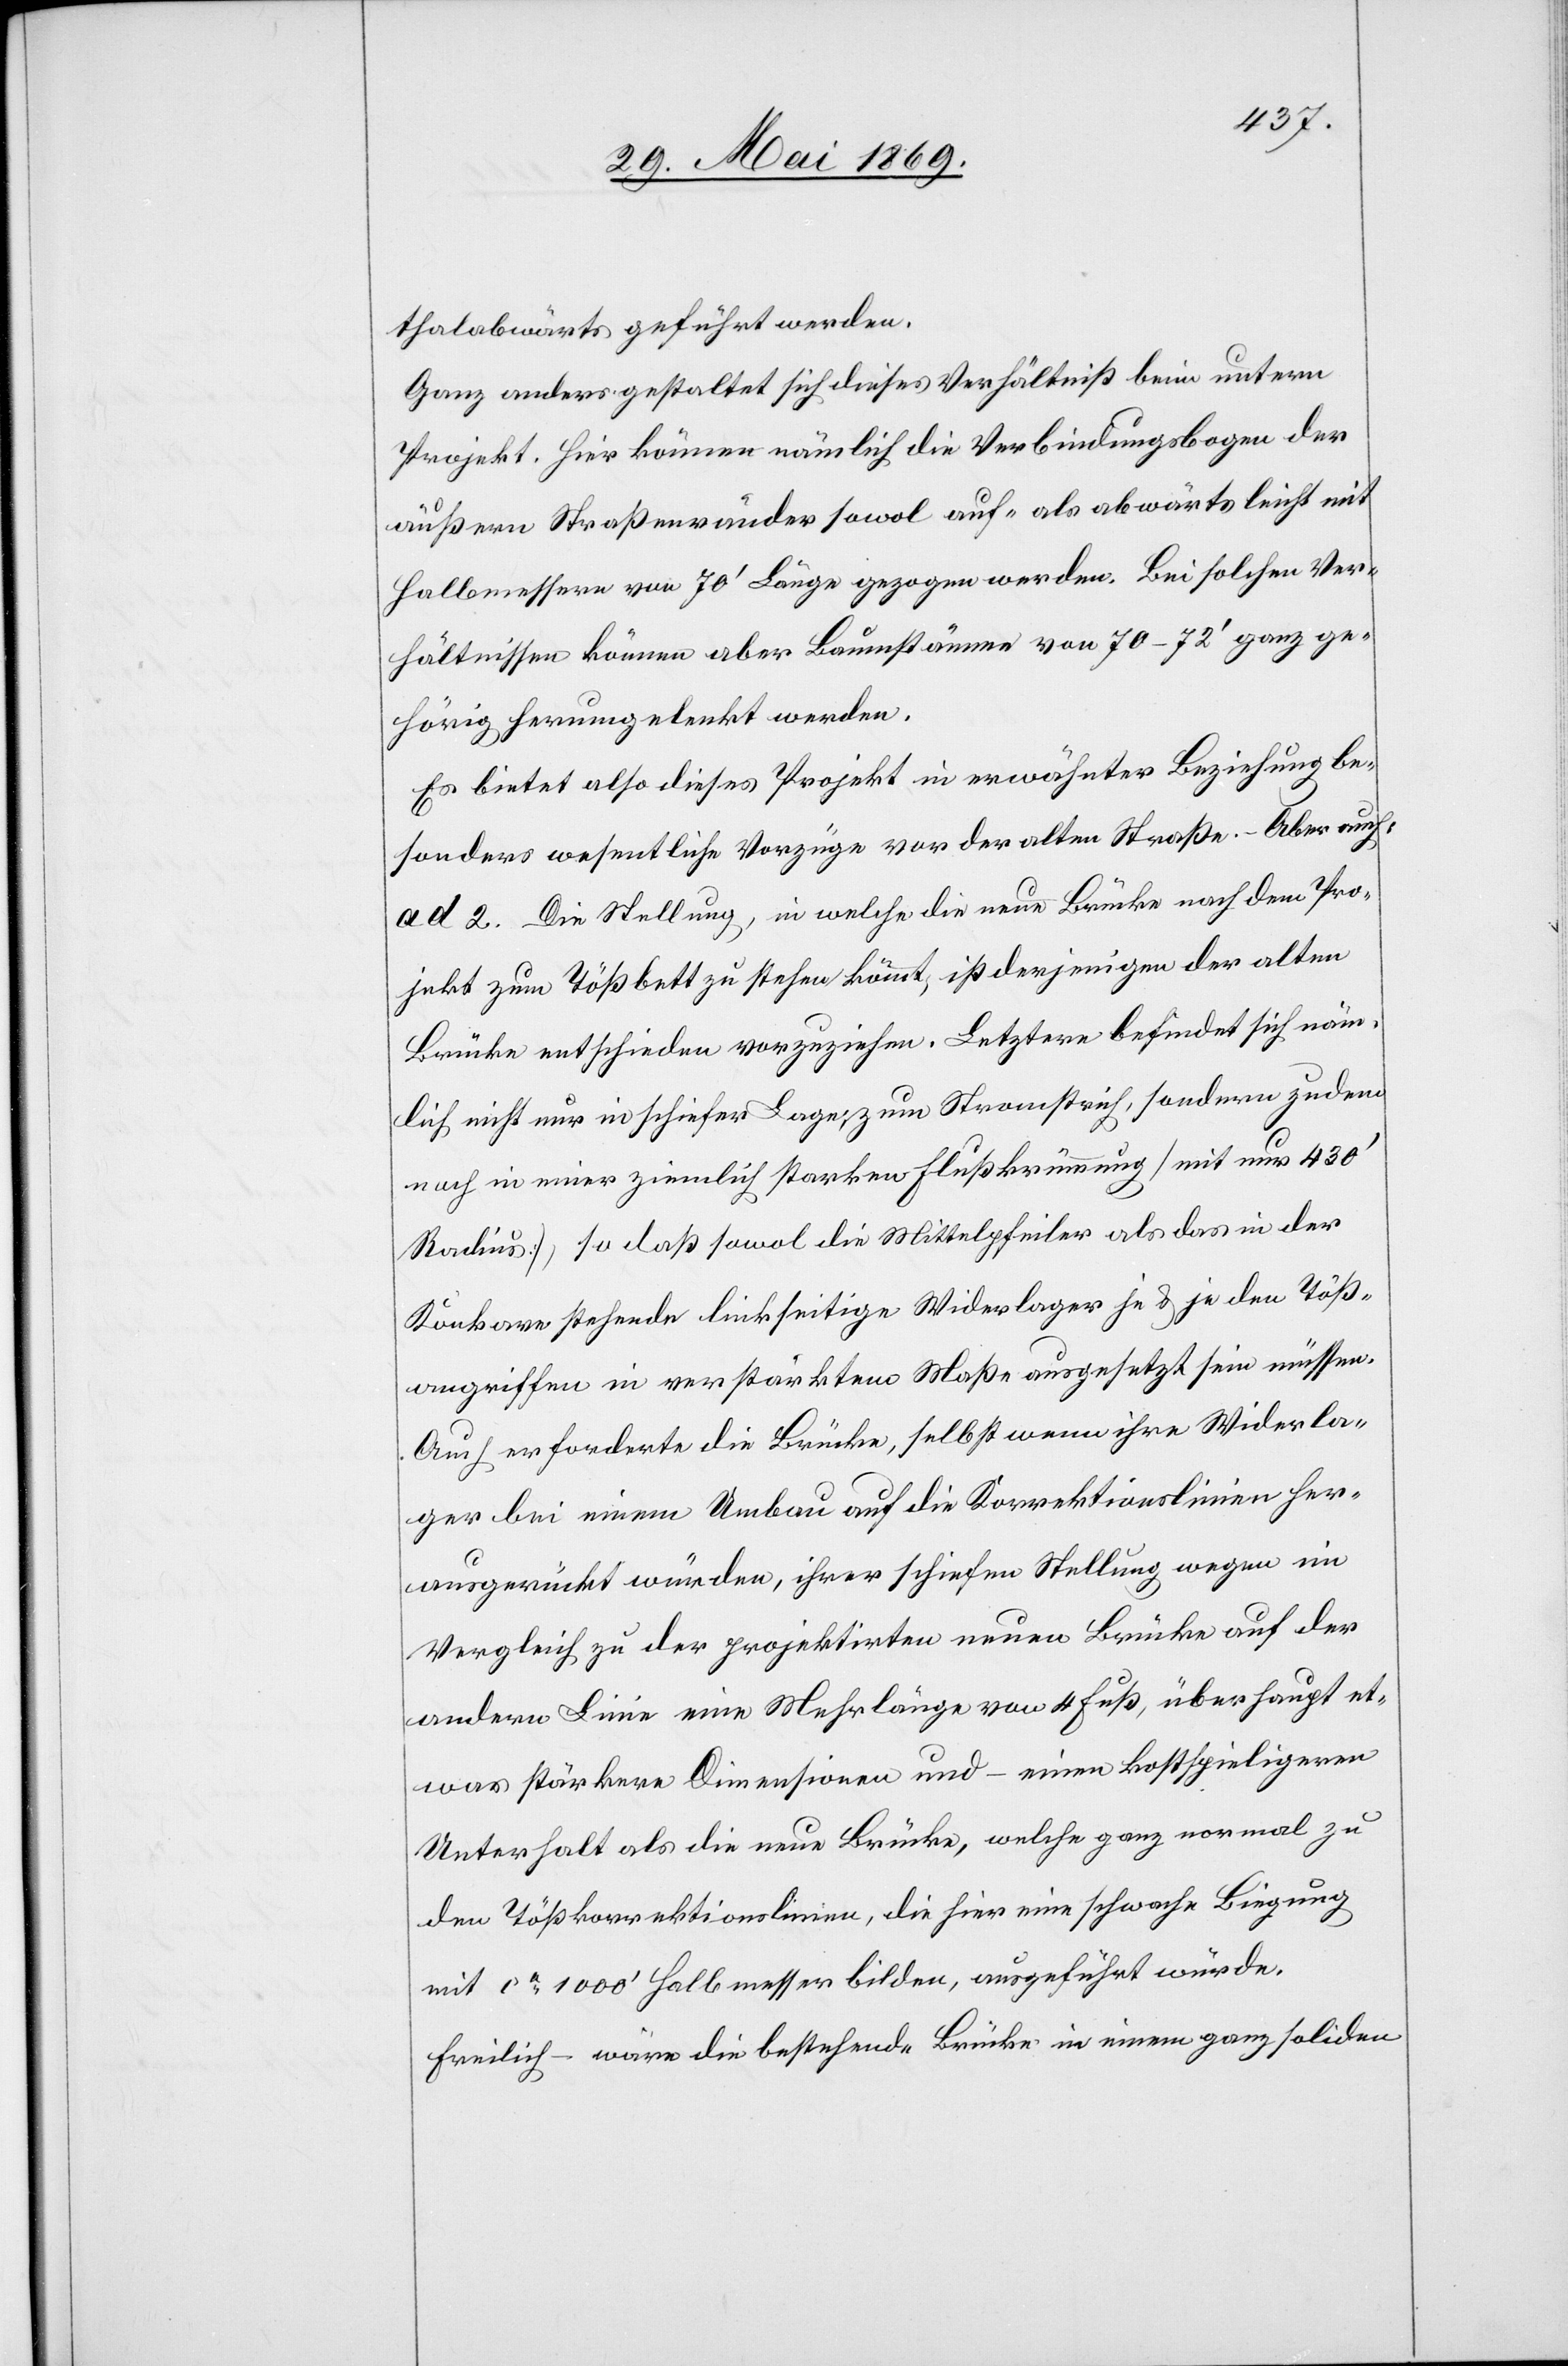
thalabwärts geführt werden.
Ganz anders gestaltet sich dieses Verhältniß beim untern
Projekt. Hier können nämlich die Verbindungsbogen der
äußern Straßenränder sowol auf- als abwärts leicht mit
Halbmessern von 70’ Länge gezogen werden. Bei solchen Ver¬
hältnissen können aber Baumstämme von 70–72’ ganz ge¬
hörig herumgelenkt werden.
Es bietet also dieses Projekt in erwähnter Beziehung be¬
sonders wesentliche Verzüge vor der alten Straße. – Aber auch:
ad 2. Die Stellung, in welche die neue Brücke nach dem Pro¬
jekt zum Tößbett zu stehen kömmt, ist derjenigen der alten
Brücke entschieden vorzuziehen. Letztere befindet sich näm¬
lich nicht nur in schiefer Lage; zum Straßenstrich, sondern zudem
noch in einer ziemlich starken Flußkrümmung [mit nur 430’
Radius], so daß sowol die Mittelpfeiler als das in der
Konkave stehende linkseitige Widerlager je u. je den Töß¬
angriffen in verstärktem Maße ausgesetzt sein müssen.
Auch erforderte die Brücke selbst wenn ihre Widerla¬
ger bei einem Umbau auf die Korrektionslinien her¬
ausgerückt würden, ihrer schiefen Stellung wegen im
Vergleich zu der projektirten neuen Brücke auf der
andern Linie eine Mehrlänge von 4 Fuß, überhaupt et¬
was stärkere Dimensionen und – einen kostspieligern
Unterhalt als die neue Brücke, welche ganz normal zu
den Tößkorrektionslinien, die hier eine schwache Biegung
mit ca 1000’ Halbmesser bilden, ausgeführt würde.
Freilich – wäre die bestehende Brücke in einem ganz soliden